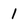
Character: 1